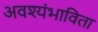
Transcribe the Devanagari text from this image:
अवश्यंभाविता